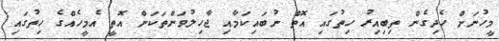
މީހުނަށް ހެދިގެން ތިބިއިރު ހިތުގައި އޮތް ނުބައިކަމާއި ޖާހިލުވަންތަކަން އޮތީ އެމީހެއްގެ ހިތުގައި